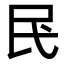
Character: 𫞖